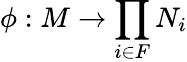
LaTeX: \phi:M\to\prod_{i\in F}N_{i}